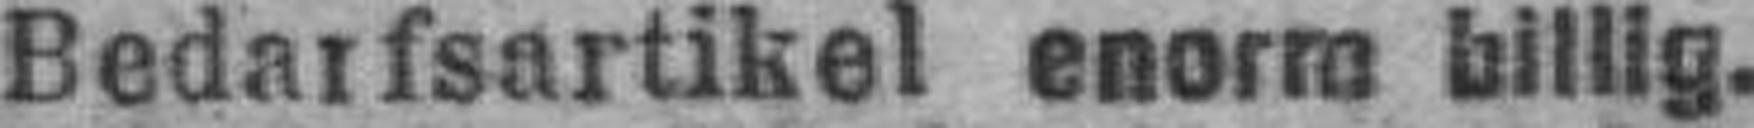
Bedarfsartikel enorm billig.